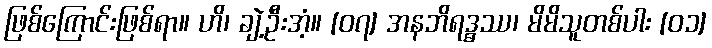
ဖြစ်ကြောင်းဖြစ်ရာ။ ဟိ၊ ချဲ့ဦးအံ့။ [၀၇] အနဘိရဒ္ဓဿ၊ မိမိသူတစ်ပါး [၀၁]